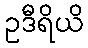
ဥဒီရိယိ